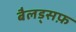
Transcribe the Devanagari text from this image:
बैलड्सफ़